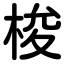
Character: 梭